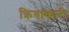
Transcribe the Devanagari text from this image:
क्रियाकारी